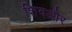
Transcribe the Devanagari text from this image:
शिवऔर